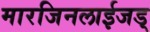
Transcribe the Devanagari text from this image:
मारजिनलाईजड्